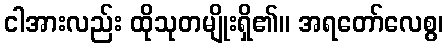
ငါအားလည်း ထိုသုတမျိုးရှိ၏။ အရတော်လေစွ၊